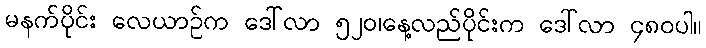
မနက်ပိုင်း လေယာဉ်က ဒေါ်လာ ၅၂၀၊နေ့လည်ပိုင်းက ဒေါ်လာ ၄၈၀ပါ။